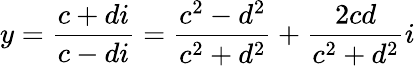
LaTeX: y={\frac{c+di}{c-di}}={\frac{c^{2}-d^{2}}{c^{2}+d^{2}}}+{\frac{2cd}{c^{2}+d^{2}}}i